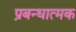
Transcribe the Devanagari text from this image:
प्रबन्धात्मक